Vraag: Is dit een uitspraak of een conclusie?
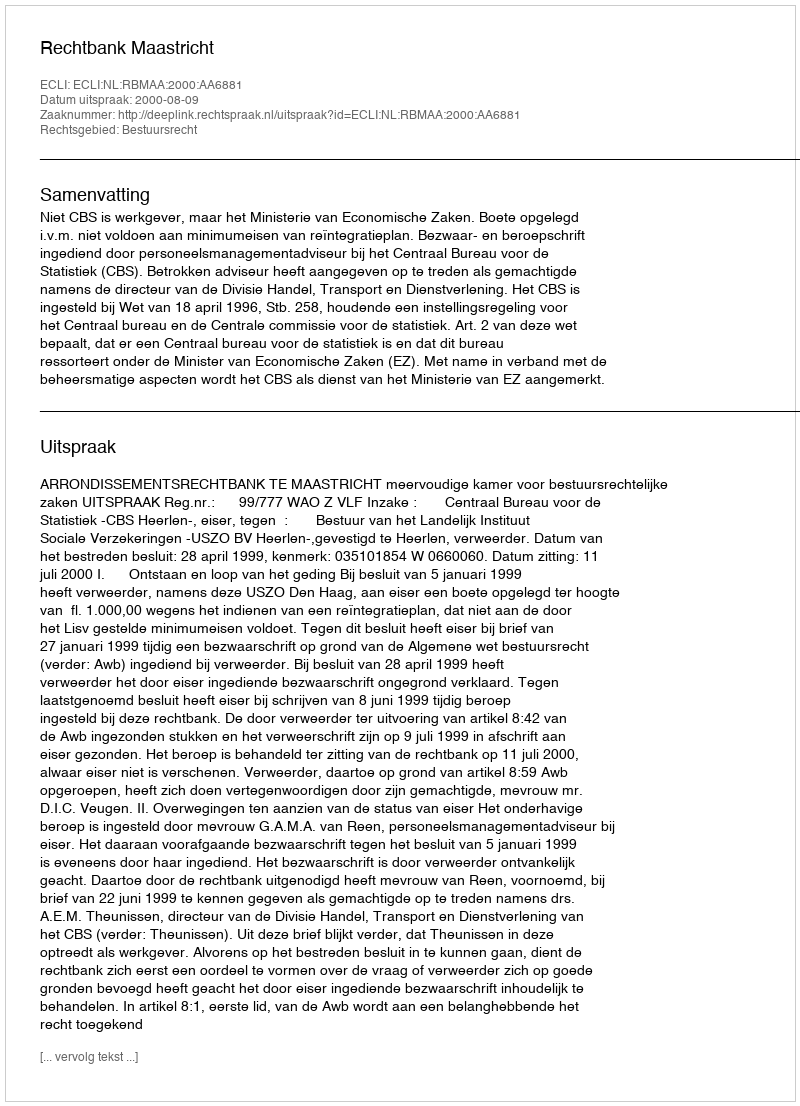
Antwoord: Uitspraak